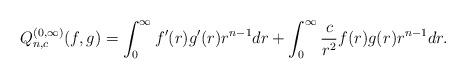
LaTeX: \begin{align*}Q_{n,c}^{(0,\infty)} (f,g)=\int^{\infty}_{0}f'(r)g'(r)r^{n-1} dr+\int_0^\infty \frac{c}{r^2} f(r)g(r) r^{n-1}dr.\end{align*}